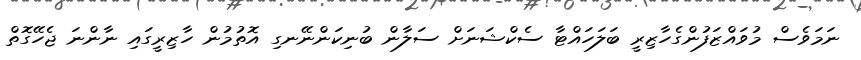
ނަމަވެސް މުވައްޒަފުންގެހާޒިރީ ބަލަހައްޓާ ސެކްޝަނަށް ސަލާން ބުނިކަންނޭނގި އޮތުމުން ހާޒިރީގައި ނާންނަ ޖެހޭގޮތް